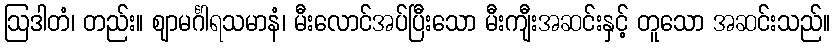
ဩဒါတံ၊ တည်း။ ဈာမင်္ဂါရသမာနံ၊ မီးလောင်အပ်ပြီးသော မီးကျီးအဆင်းနှင့် တူသော အဆင်းသည်။